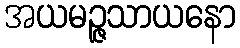
အယမဉ္ဇသာယနော